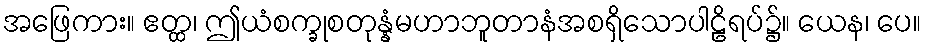
အဖြေကား။ ဧတ္ထ၊ ဤယံစက္ခုစတုန္နံမဟာဘူတာနံအစရှိသောပါဠိရပ်၌။ ယေန၊ ပေ။